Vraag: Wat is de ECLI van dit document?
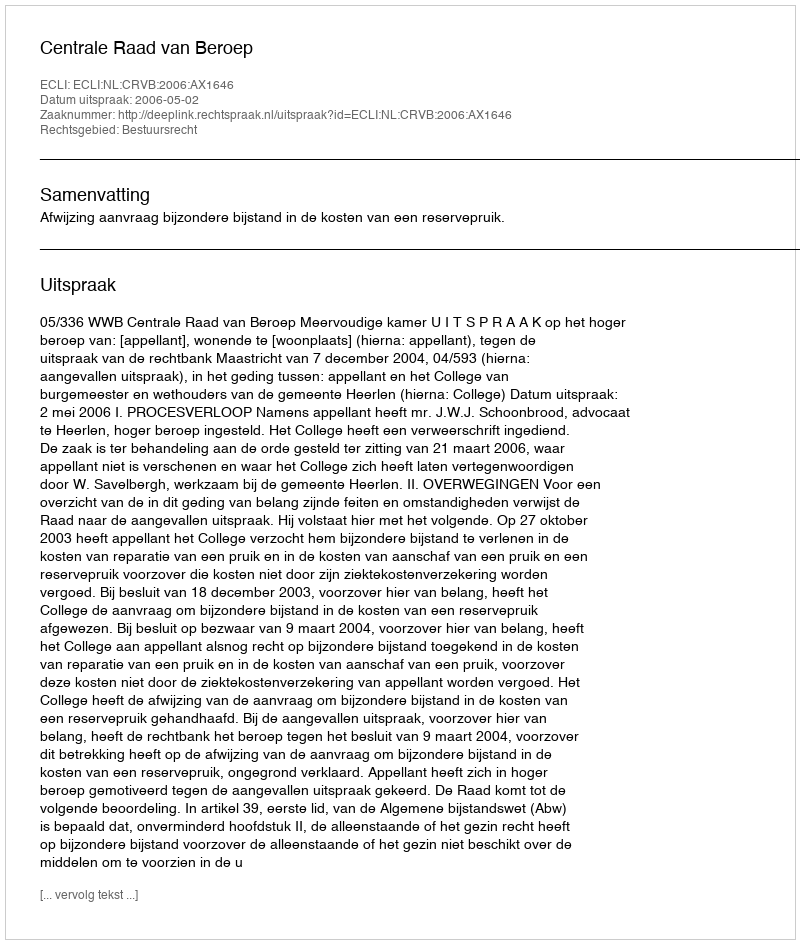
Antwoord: ECLI:NL:CRVB:2006:AX1646